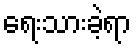
ရေးသားခဲ့ရာ